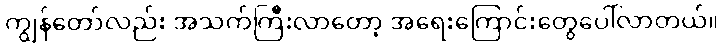
ကျွန်တော်လည်း အသက်ကြီးလာတော့ အရေးကြောင်းတွေပေါ်လာတယ်။